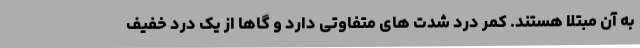
به آن مبتلا هستند. کمر درد شدت های متفاوتی دارد و گاها از یک درد خفیف